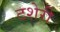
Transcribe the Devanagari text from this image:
टशेरी